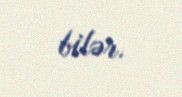
bilər.